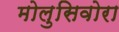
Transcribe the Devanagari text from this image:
मोलुसिवोरा